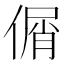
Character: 𠋱